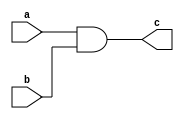
module and1(output c, input a, b);
  wire c1;
  nand(c1, a, b);
  nand(c, c1);
endmodule

module or1(output c, input a, input b);
  wire a1, b1;
  nand(a1, a);
  nand(b1, b);
  nand(c, a1, b1);
endmodule

module xor1(output c, input a, input b);
  wire c1, c2;
  nand(c1, a, b);
  or1 or_1(c2, a, b);
  and1 and_1(c, c1, c2);
endmodule

module halfadder(output s, c, input a, b);
  xor1 sum(s, a, b);
  and1 carry(c, a, b);
endmodule